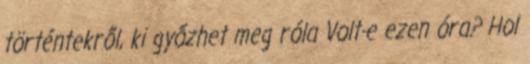
történtekről, ki győzhet meg róla Volt-e ezen óra? Hol